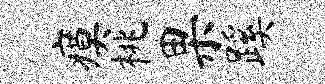
瘼桃果蹊